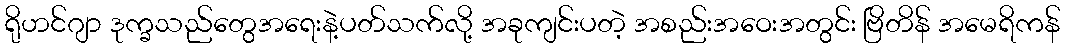
ရိုဟင်ဂျာ ဒုက္ခသည်တွေအရေးနဲ့ပတ်သက်လို့ အခုကျင်းပတဲ့ အစည်းအဝေးအတွင်း ဗြိတိန် အမေရိကန်